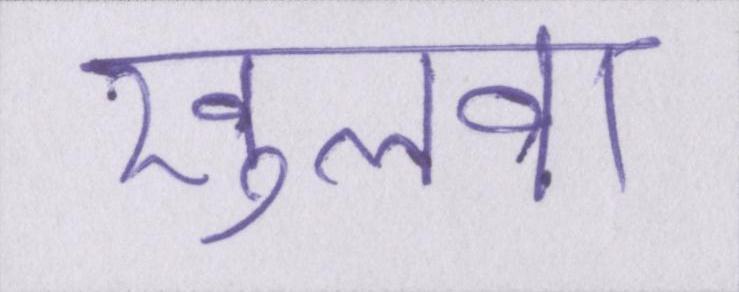
खुलवा